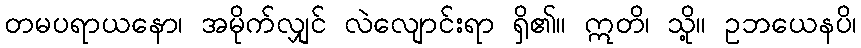
တမပရာယနော၊ အမိုက်လျှင် လဲလျောင်းရာ ရှိ၏။ ဣတိ၊ သို့။ ဥဘယေနပိ၊